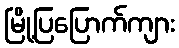
မြို့ပြပြောက်ကျား